Annual report of the Punjab Veterinary College and of the Civil Veterinary Department, Punjab - 1909-1919
Year: 1909
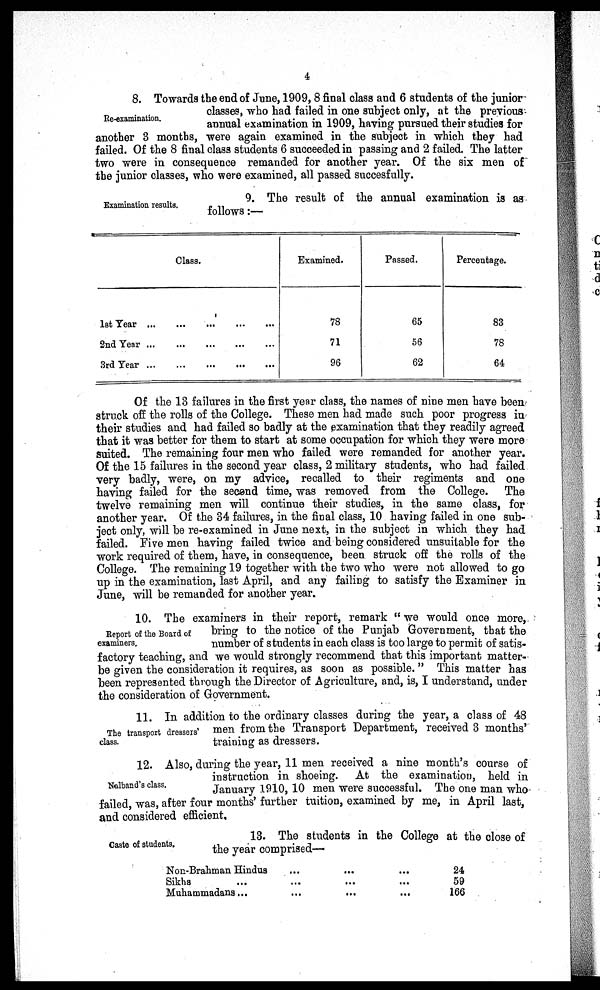
4
Re-examination.
8. Towards the end of June, 1909, 8 final class and 6 students of the junior
classes, who had failed in one subject only, at the previous
annual examination in 1909, having pursued their studies for
another 3 months, were again examined in the subject in which they had
failed. Of the 8 final class students 6 succeeded in passing and 2 failed. The latter
two were in consequence remanded for another year. Of the six men of
the junior classes, who were examined, all passed succesfully.
Examination results.
9. The result of the annual examination is as
follows:—
Class.
1st Year ... ... ... … … …
2nd Year
...
...
...
…
…
…
3rd Year
...
...
...
…
…
…
Examined.
78
71
96
Passed.
65
56
62
Percentage.
83
78
64
Of the 13 failures in the first year class, the names of nine men have been
struck off the rolls of the College. These men had made such poor progress in
their studies and had failed so badly at the examination that they readily agreed
that it was better for them to start at some occupation for which they were more
suited. The remaining four men who failed were remanded for another year.
Of the 15 failures in the second year class, 2 military students, who had failed
very badly, were, on my advice, recalled to their regiments and one
having failed for the second time, was removed from the College. The
twelve remaining men will continue their studies, in the same class, for
another year. Of the 34 failures, in the final class, 10 having failed in one sub-
ject only, will be re-examined in June next, in the subject in which they had
failed. Five men having failed twice and being considered unsuitable for the
work required of them, have, in consequence, been struck off the rolls of the
College. The remaining 19 together with the two who were not allowed to go
up in the examination, last April, and any failing to satisfy the Examiner in
June, will be remanded for another year.
Report of the Board of
examiners.
10. The examiners in their report, remark " we would once more,
bring to the notice of the Punjab Government, that the
number of students in each class is too large to permit of satis-
factory teaching, and we would strongly recommend that this important matter-
be given the consideration it requires, as soon as possible. " This matter has
been represented through the Director of Agriculture, and, is, I understand, under
the consideration of Government.
The transport dressers'
class.
11. In addition to the ordinary classes during the year, a class of 48
men from the Transport Department, received 3 months'
training as dressers.
Nalband's class.
12. Also, during the year, 11 men received a nine month's course of
instruction in shoeing. At the examination, held in
January 1910, 10 men were successful. The one man who
failed, was, after four months' further tuition, examined by me, in April last,
and considered efficient.
Caste of students.
13. The students in the College at the close of
the year comprised—
Non-Brahman Hindus
Sikhs ...
Muhammadans ...
...
…
…
...
...
...
...
...
...
24
59
166